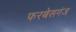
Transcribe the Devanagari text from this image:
फरबेसगंज